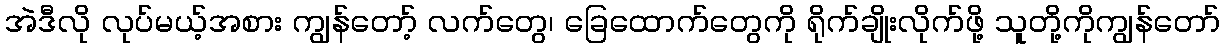
အဲဒီလို လုပ်မယ့်အစား ကျွန်တော့် လက်တွေ၊ ခြေထောက်တွေကို ရိုက်ချိုးလိုက်ဖို့ သူတို့ကိုကျွန်တော်